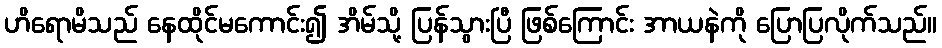
ဟိရောမိသည် နေထိုင်မကောင်း၍ အိမ်သို့ ပြန်သွားပြီ ဖြစ်ကြောင်း အာယနဲကို ပြောပြလိုက်သည်။